Vaccination in the Punjab 1883-1896 - 1883-1896
Year: 1883
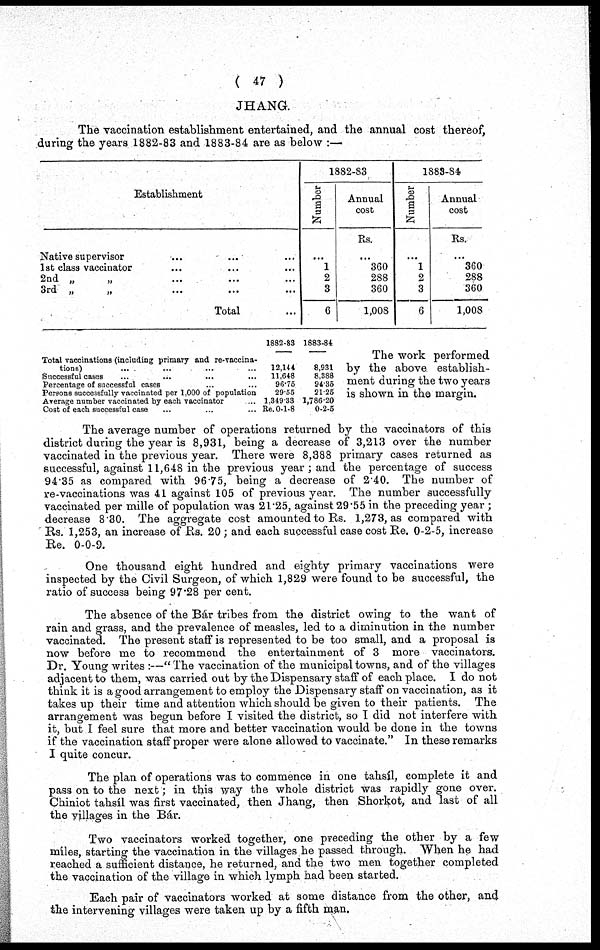
( 47 )
JHANG.
The vaccination establishment entertained, and the annual cost thereof,
during the years 1882-83 and 1883-84 are as below :—
Establishment
Native supervisor ... ... ...
1st class vaccinator ... ... ...
2nd „ „ ... ... ...
3rd „ „ ... ... ...
Total ...
1882-83
Number
...
1
2
3
6
Annual
cost
Rs.
...
360
288
360
1,008
1883-84
Number
...
1
2
3
6
Annual
cost
Rs.
...
360
288
360
1,008
Total vaccinations (including primary and re-vaccina-
tions) ... ... ... ...
Successful cases ... ... ... ...
Percentage of successful cases ... ... ... ...
Persons successfully vaccinated per 1,000 of population
Average number vaccinated by each vaccinator ... ...
Cost of each successful case ... ... ... ...
1882-83
12,144
11,648
96.75
29.55
1,349.33
Re. 0-1-8
1883-84
8,931
8,388
94.35
21.25
1,786.20
0-2-5
The work performed
by the above establish-
ment during the two years
is shown in the margin.
The average number of operations returned by the vaccinators of this
district during the year is 8,931, being a decrease of 3,213 over the number
vaccinated in the previous year. There were 8,388 primary cases returned as
successful, against 11,648 in the previous year; and the percentage of success
94.35 as compared with 96.75, being a decrease of 2.40. The number of
re-vaccinations was 41 against 105 of previous year. The number successfully
vaccinated per mille of population was 21.25, against 29.55 in the preceding year ;
decrease 8.30. The aggregate cost amounted to Rs. 1,273, as compared with
Rs. 1,253, an increase of Rs. 20 ; and each successful case cost Re. 0-2-5, increase
Re. 0-0-9.
One thousand eight hundred and eighty primary vaccinations were
inspected by the Civil Surgeon, of which 1,829 were found to be successful, the
ratio of success being 97.28 per cent.
The absence of the Bár tribes from the district owing to the want of
rain and grass, and the prevalence of measles, led to a diminution in the number
vaccinated. The present staff is represented to be too small, and a proposal is
now before me to recommend the entertainment of 3 more vaccinators.
Dr. Young writes :—" The vaccination of the municipal towns, and of the villages
adjacent to them, was carried out by the Dispensary staff of each place. I do not
think it is a good arrangement to employ the Dispensary staff on vaccination, as it
takes up their time and attention which should be given to their patients. The
arrangement was begun before I visited the district, so I did not interfere with
it, but I feel sure that more and better vaccination would be done in the towns
if the vaccination staff proper were alone allowed to vaccinate." In these remarks
I quite concur.
The plan of operations was to commence in one tahsíl, complete it and
pass on to the next; in this way the whole district was rapidly gone over.
Chiniot tahsíl was first vaccinated, then Jhang, then Shorkot, and last of all
the villages in the Bár.
Two vaccinators worked together, one preceding the other by a few
miles, starting the vaccination in the villages he passed through. When he had
reached a sufficient distance, he returned, and the two men together completed
the vaccination of the village in which lymph had been started.
Each pair of vaccinators worked at some distance from the other, and
the intervening villages were taken up by a fifth man.